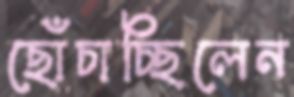
ছোঁচাচ্ছিলেন